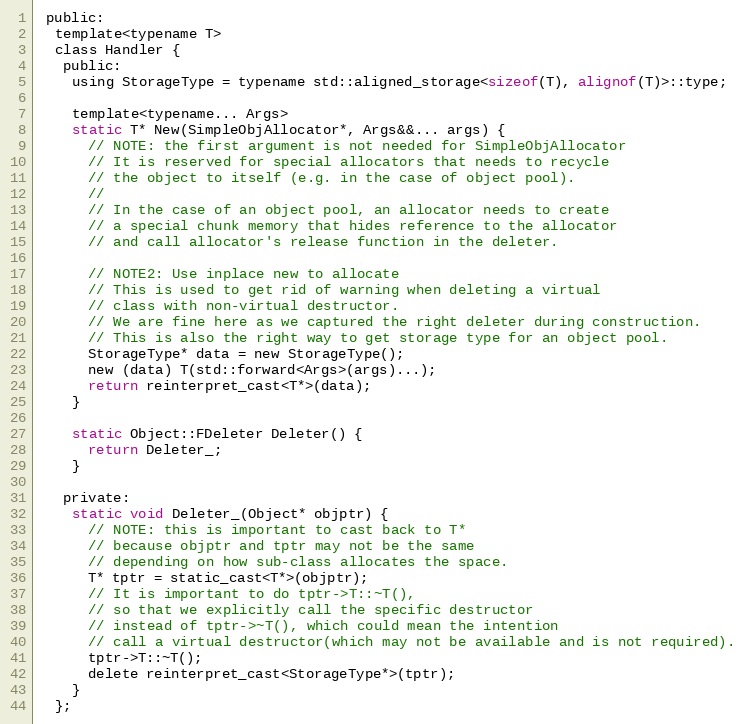
Language: C
 public:
  template<typename T>
  class Handler {
   public:
    using StorageType = typename std::aligned_storage<sizeof(T), alignof(T)>::type;

    template<typename... Args>
    static T* New(SimpleObjAllocator*, Args&&... args) {
      // NOTE: the first argument is not needed for SimpleObjAllocator
      // It is reserved for special allocators that needs to recycle
      // the object to itself (e.g. in the case of object pool).
      //
      // In the case of an object pool, an allocator needs to create
      // a special chunk memory that hides reference to the allocator
      // and call allocator's release function in the deleter.

      // NOTE2: Use inplace new to allocate
      // This is used to get rid of warning when deleting a virtual
      // class with non-virtual destructor.
      // We are fine here as we captured the right deleter during construction.
      // This is also the right way to get storage type for an object pool.
      StorageType* data = new StorageType();
      new (data) T(std::forward<Args>(args)...);
      return reinterpret_cast<T*>(data);
    }

    static Object::FDeleter Deleter() {
      return Deleter_;
    }

   private:
    static void Deleter_(Object* objptr) {
      // NOTE: this is important to cast back to T*
      // because objptr and tptr may not be the same
      // depending on how sub-class allocates the space.
      T* tptr = static_cast<T*>(objptr);
      // It is important to do tptr->T::~T(),
      // so that we explicitly call the specific destructor
      // instead of tptr->~T(), which could mean the intention
      // call a virtual destructor(which may not be available and is not required).
      tptr->T::~T();
      delete reinterpret_cast<StorageType*>(tptr);
    }
  };